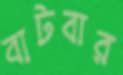
বাটবার